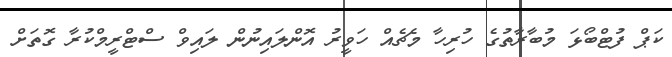
ކަޕް ފުޓްބޯޅަ މުބާރާތުގެ ހުރިހާ މެޗެއް ހަވީރު އޮންލައިނުން ލައިވް ސްޓްރީމްކުރާ ގޮތަށް